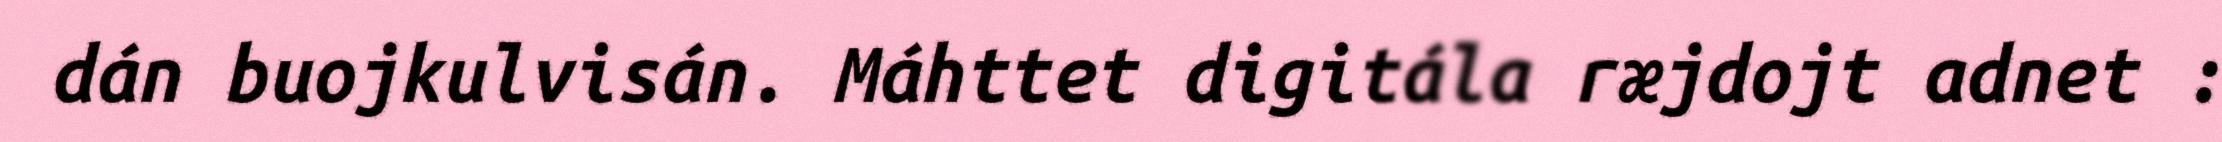
dán buojkulvisán. Máhttet digitála ræjdojt adnet :